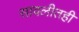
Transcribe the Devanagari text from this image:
सावलीतही